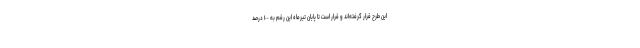
این طرح قرار گرفته‌اند و قرار است تا پایان تیرماه این رقم به ۱٠٠ درصد